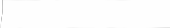
٥٤